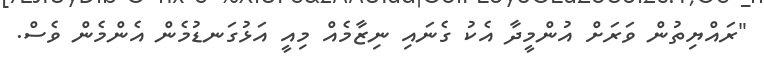
"ރައްޔިތުން ވަރަށް އުންމީދާ އެކު ގެނައި ނިޒާމެއް މިއީ އަޅުގަނޑުމެން އެންމެން ވެސް.